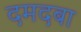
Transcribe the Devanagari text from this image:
दमदबा